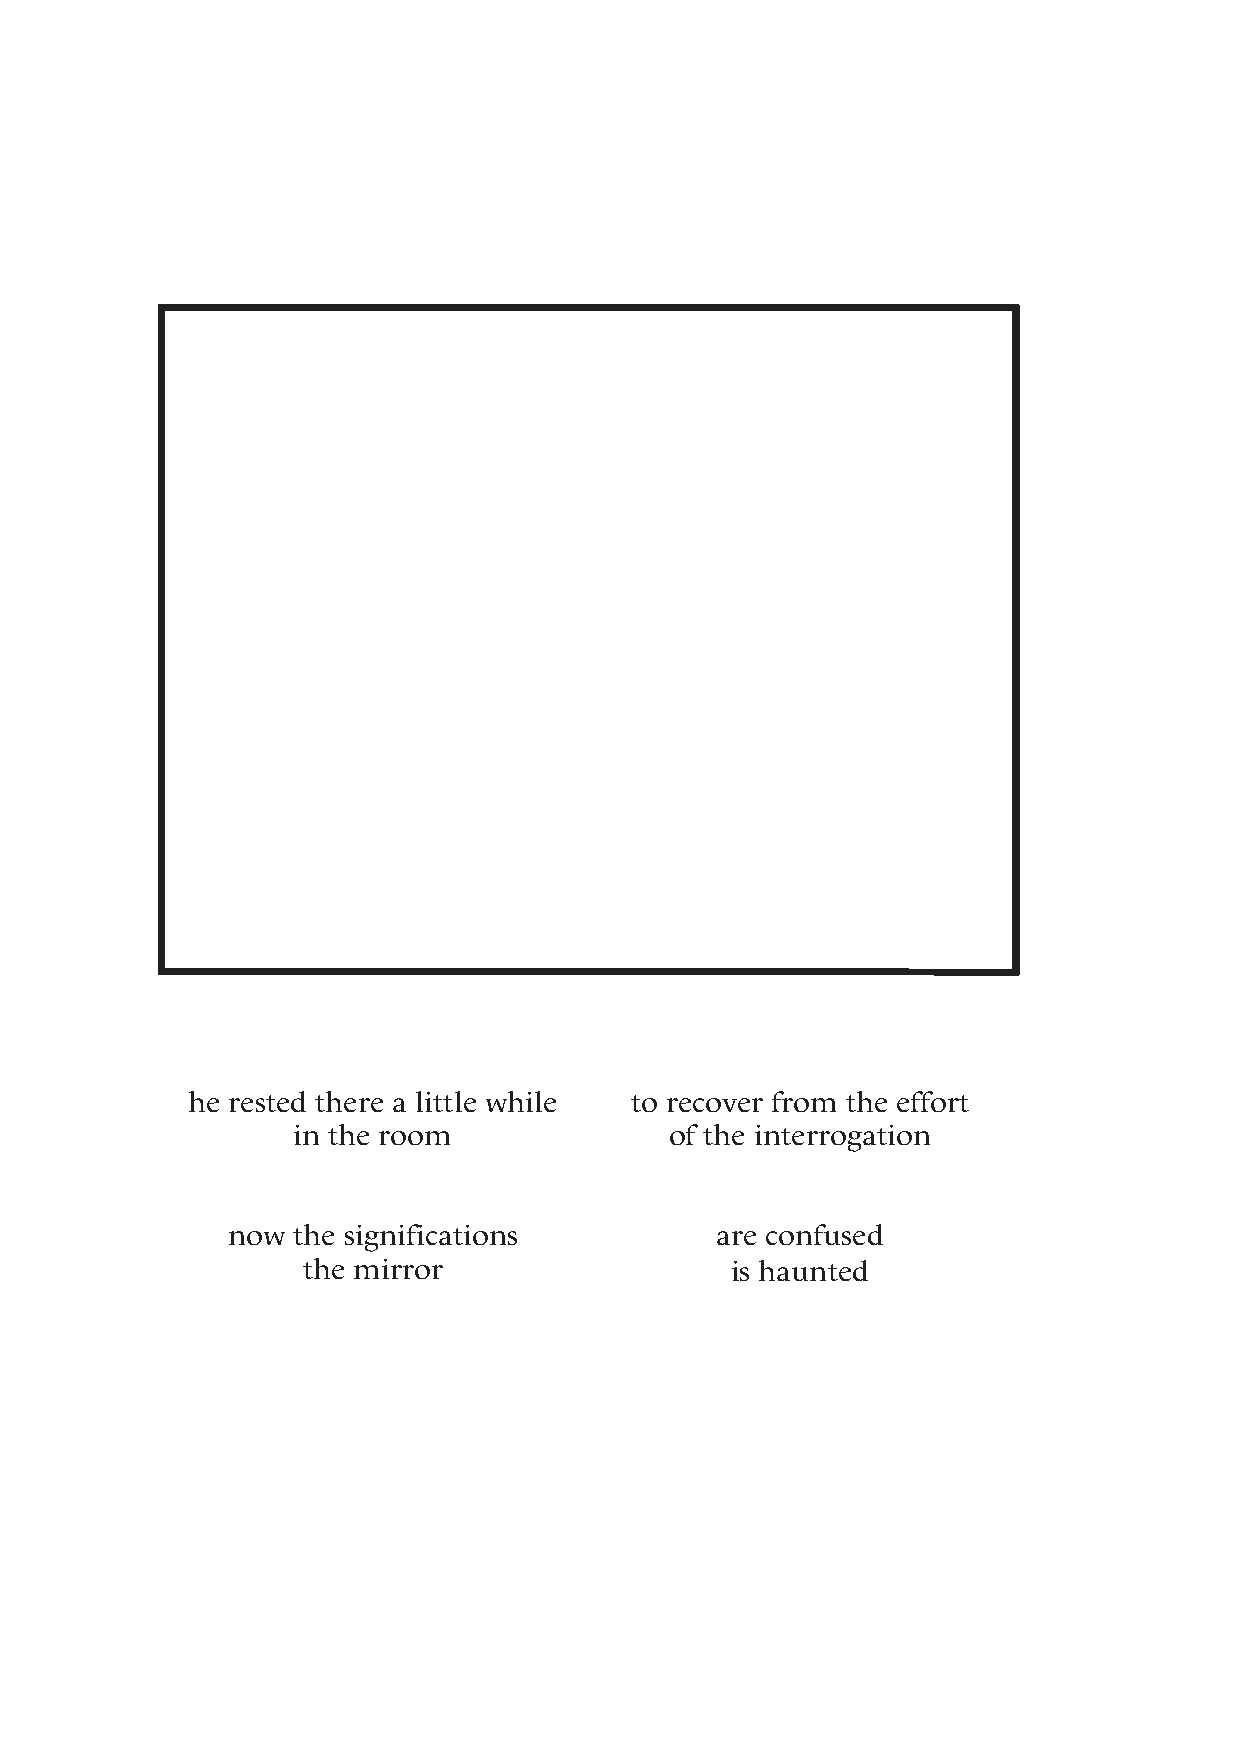
he rested there a little while to recover from the effort
 in the room              of the interrogation
 now the significations          are confused
 the mirror                  is haunted
 36